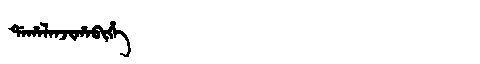
Manchu: ᡩᠠᡥᠠᠯᠠᠨᠵᡳᡥᠠᠪᡳᡥᡝ
Romanization: DAHALANJIHABIHE